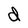
Character: d